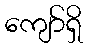
ကျော်ရှိ